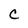
Character: C